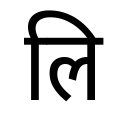
OCR:
लि